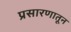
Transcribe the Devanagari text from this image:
प्रसारणातून